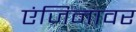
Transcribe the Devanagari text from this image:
एंजिनावर